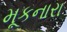
મૂકનારા